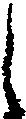
し